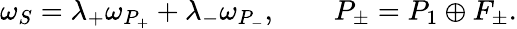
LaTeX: \omega_{S}=\lambda_{+}\omega_{P_{+}}+\lambda_{-}\omega_{P_{-}},\qquad P_{\pm}=P_{1}\oplus F_{\pm}.